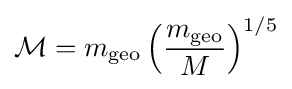
{\mathcal {M}}=m_{\rm {geo}}\left({\frac {m_{\rm {geo}}}{M}}\right)^{1/5}